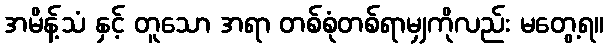
အမိန့်သံ နှင့် တူသော အရာ တစ်စုံတစ်ရာမျှကိုလည်း မတွေ့ရ။